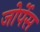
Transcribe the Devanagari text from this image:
जोर्पेस